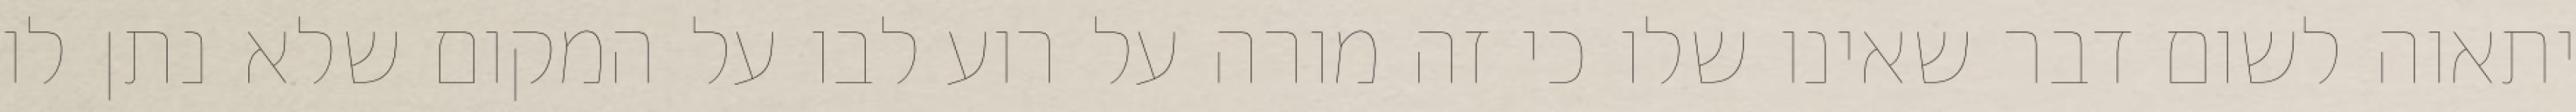
יתאוה לשום דבר שאינו שלו כי זה מורה על רוע לבו על המקום שלא נתן לו